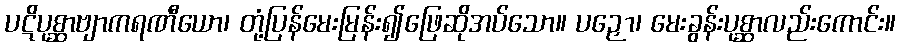
ပဋိပုစ္ဆာဗျာကရဏီယော၊ တုံ့ပြန်မေးမြန်း၍ဖြေဆိုအပ်သော။ ပဉှော၊ မေးခွန်းပုစ္ဆာလည်းကောင်း။